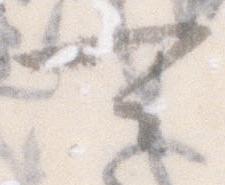
可